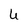
Character: U